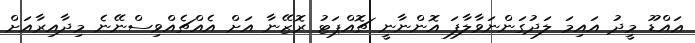
ޢައްޑޫ މީދު އައިމަ ލަދުގަންނަވާލާފަ އޮންނާނީ ޗޮއްޕަޓު ރޮޒޭނާ އަށް އެއްޗެއްވިސްނޭނެ މިދާއިރާއަށް